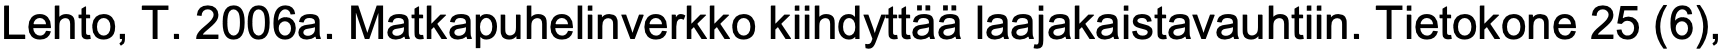
Lehto, T. 2006a. Matkapuhelinverkko kiihdyttää laajakaistavauhtiin. Tietokone 25 (6),